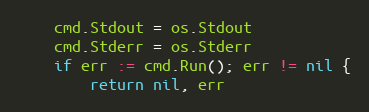
Language: Go
	cmd.Stdout = os.Stdout
	cmd.Stderr = os.Stderr
	if err := cmd.Run(); err != nil {
		return nil, err